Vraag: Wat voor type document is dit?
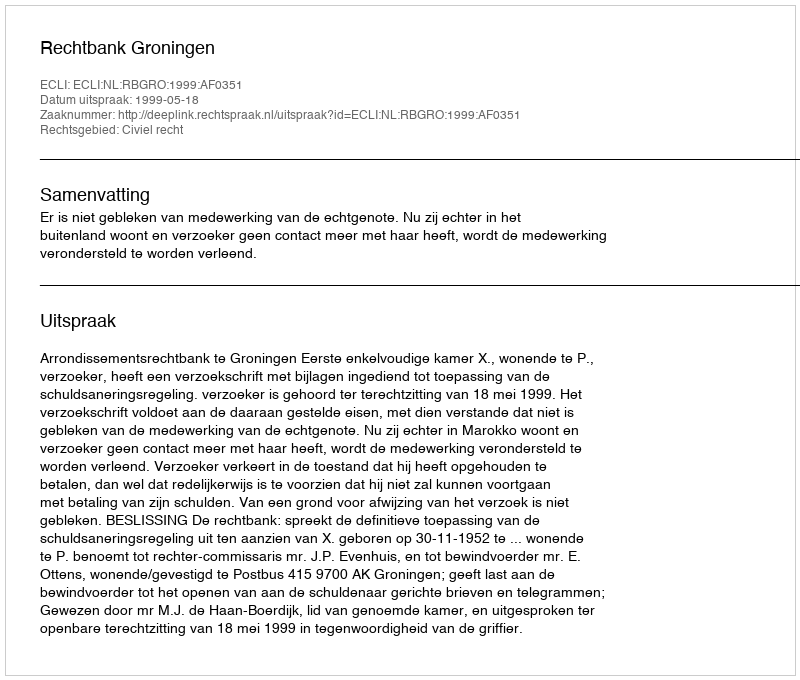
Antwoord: Uitspraak